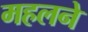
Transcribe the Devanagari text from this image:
महलने